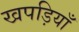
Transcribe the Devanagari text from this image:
खपड़ियाँ